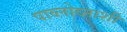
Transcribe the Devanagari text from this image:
पाव्लोव्नाशी